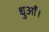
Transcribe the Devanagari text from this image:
धुआँ।